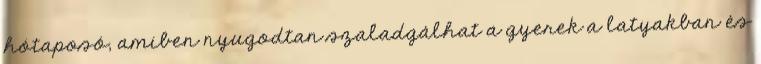
hótaposó, amiben nyugodtan szaladgálhat a gyerek a latyakban és